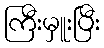
ကြီးမှူးပြီး